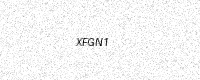
Text: XFGN1